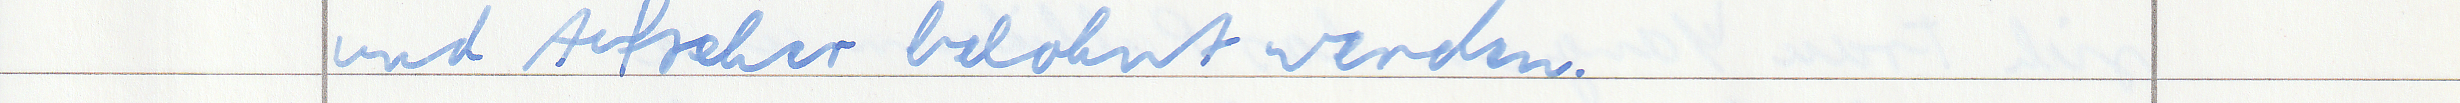
und Aufseher belohnt werden.